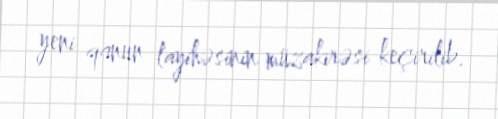
yeni qanun layihəsinin müzakirəsi keçirilib.